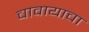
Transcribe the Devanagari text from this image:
चावायाचा